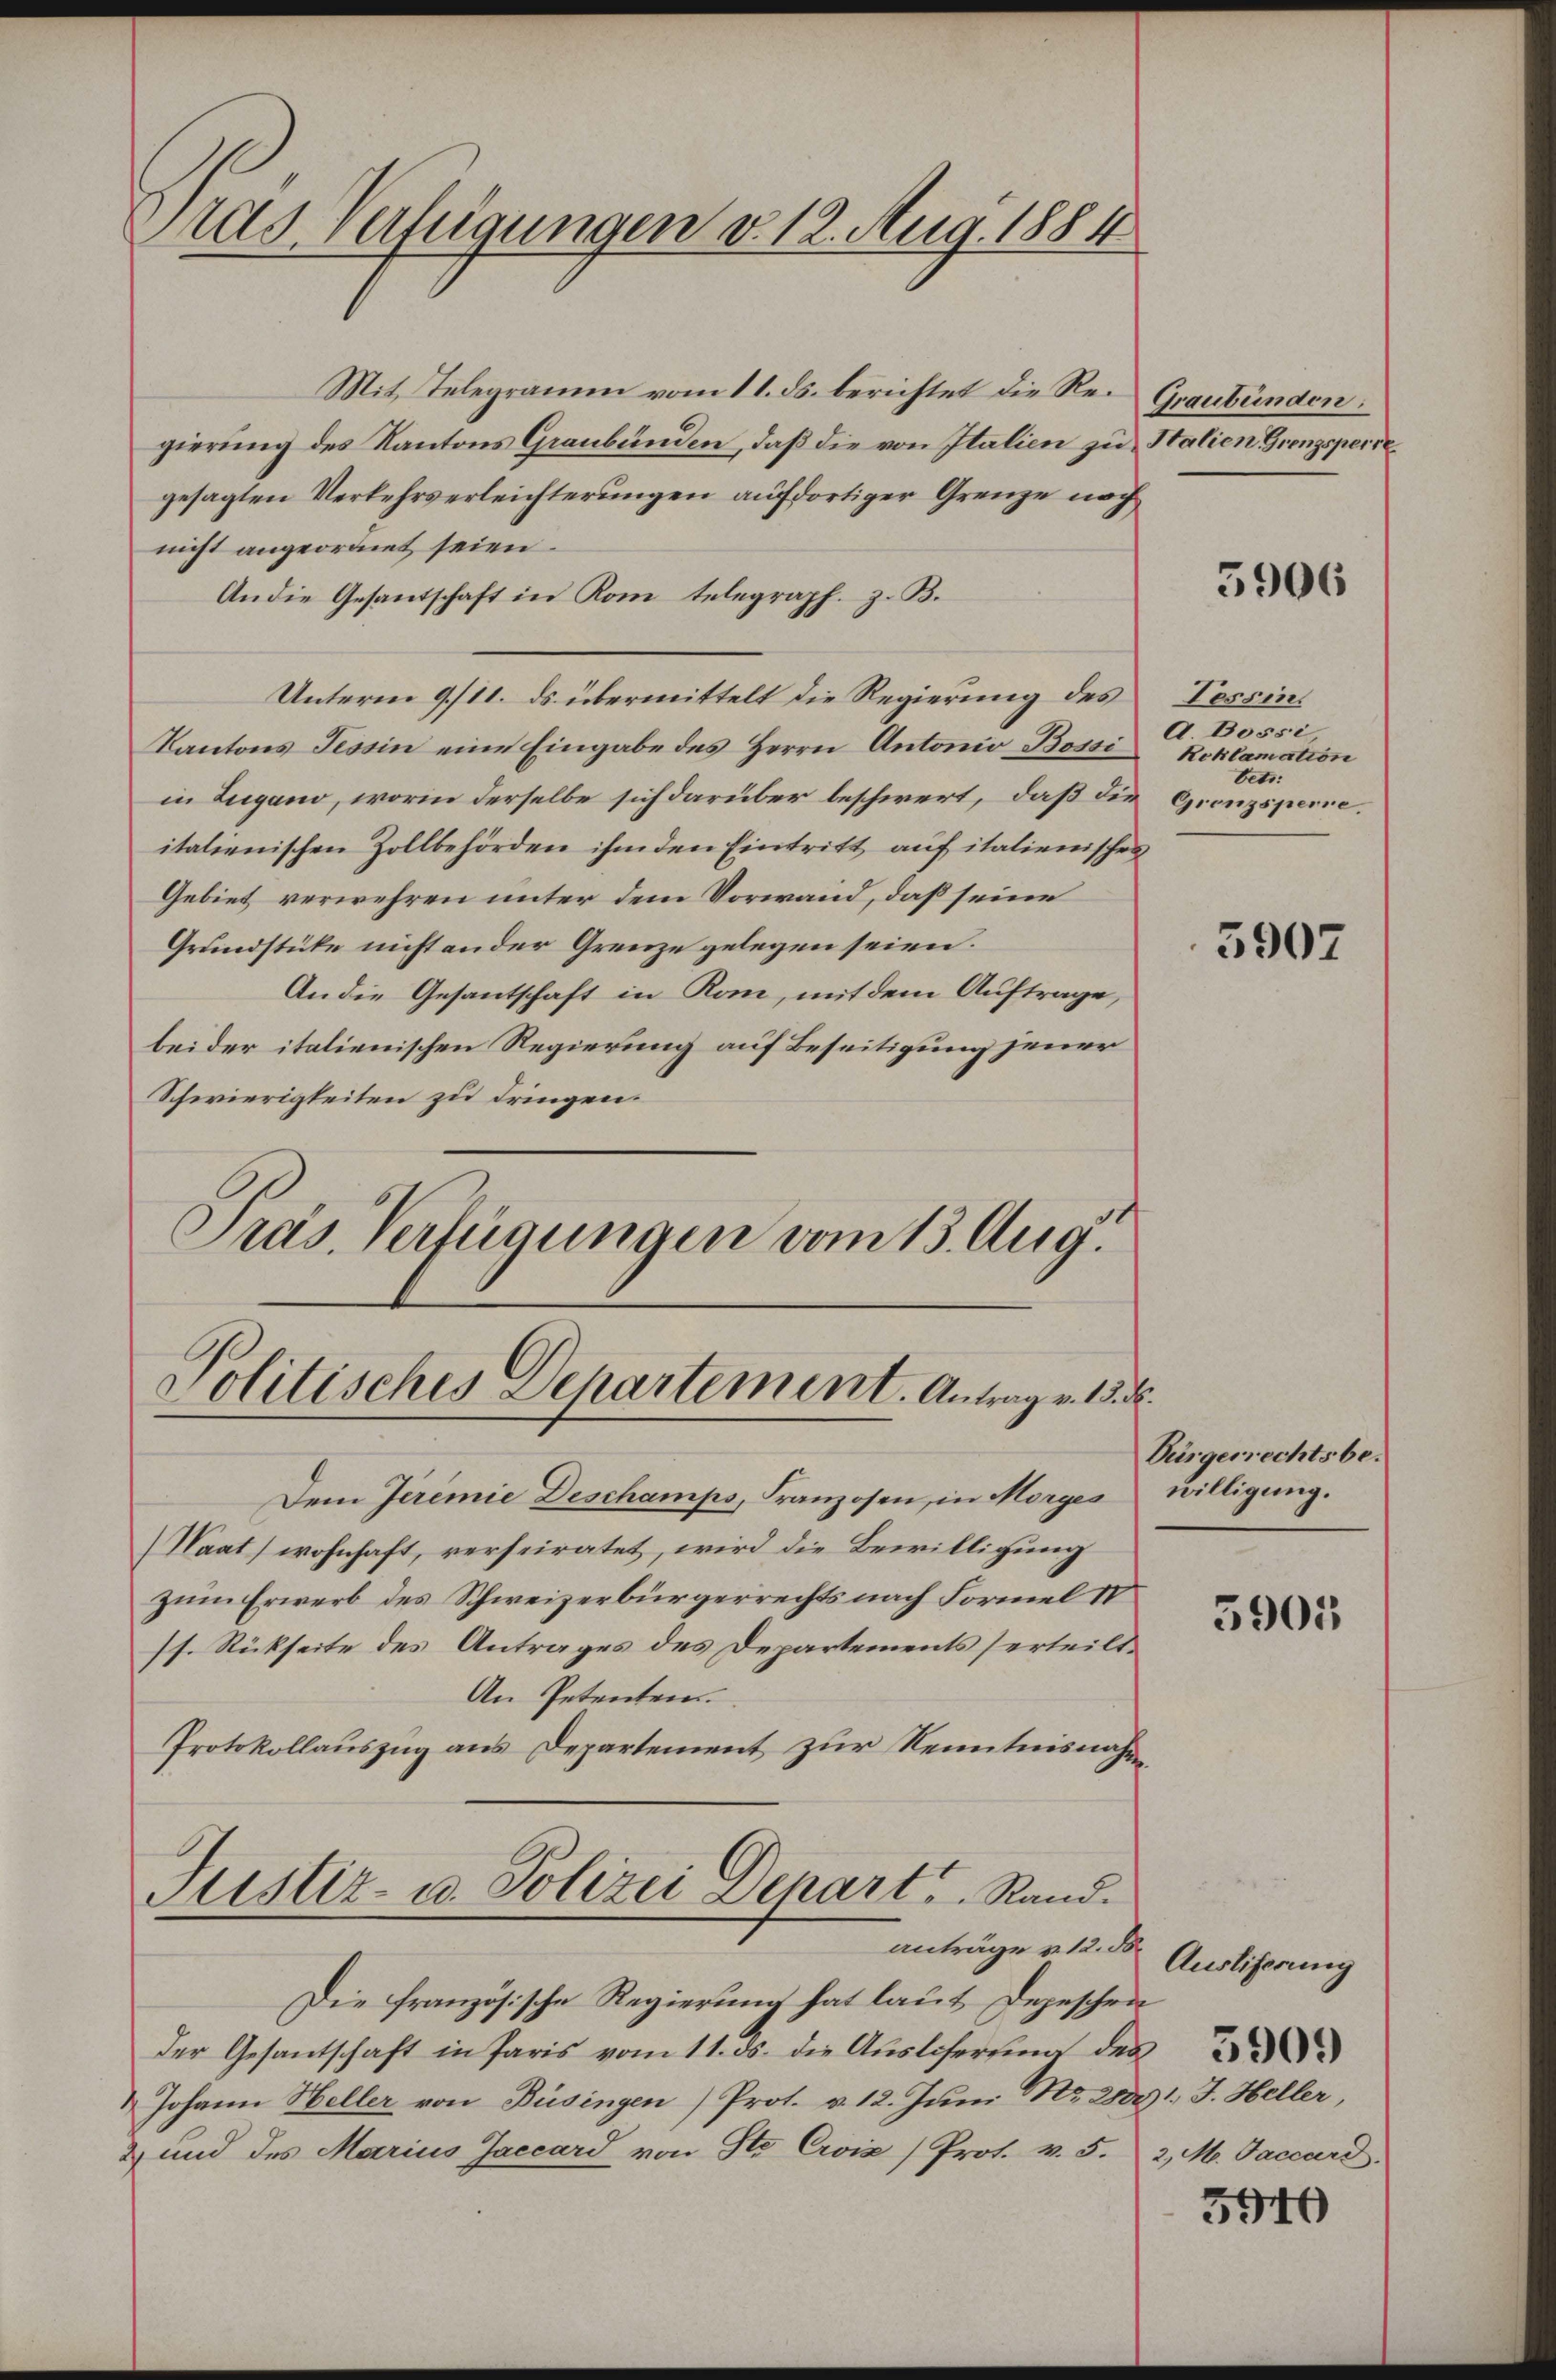
Birds verfügungen v. 12. Aug. 1884

Mit Telegramm vom 11. ds. berichtet die Regierung des Kantons Graubünden, daß die von Italien zu Stalien Grenzsperie
gesagten Verkehrserleichterungen aufdortiger Grenze noch
nicht angeordnet seien.
An die Gesandschaft in Rom telegraph. z. B.
Unterm 9./11. ds. übermittelt die Regierung des Tessin¬
Kantons Tessin eine Eingabe des Herrn Antonio-Bossi
in Lugano, worin derselbe sich darüber beschwert, daß die Grenzsperieitalienischen Zollbehörden ihm den Eintritt auf italienisches
Gebiet verwehren unter dem Vorwand, daß seine
Grundstüke nicht an der Grenze gelegen seien.
An die Gesantschaft in Rom, mit dem Auftrage,
beider italienischen Regierung auf Beseitigung jener
Schwierigkeiten zu dringen.
Präs. Verfügungen vom 13. Aug.

Politisches Departement. Antrag v. 13. d.

Dem Jeremie Deschamps, Franzosen, in Morges willigung.
(Saat wohnhaft, verheiratet, wird die Bewilligung
zum Erwerb des Schweizerbürgerrechts nach Formel d
ss. Rückseite des Antrages des Departements erteilt.
An Petenten.
Protokollauszug aus Departement zur Kenntnisnahm
Justiz- u. Polizei Depart Rand.

anträge u. 12. d.

Die französische Regierung hat laut Depeschen
der Gesantschaft in Paris vom 11. ds. die Aŭslesertŭng des
& Johann Heller von Büsingen) Prot. v. 12. Juni Mr. 28891. J. Heller,
& und des Marius Jaccard von Sto Croix /Prot. v. 5. 2, M. Jaccard.

Graubünden:

5906

A. Bossi,
Reklamation
betr.

5907

Bürgerrechtsbe-

3905

Ausliserung

5940